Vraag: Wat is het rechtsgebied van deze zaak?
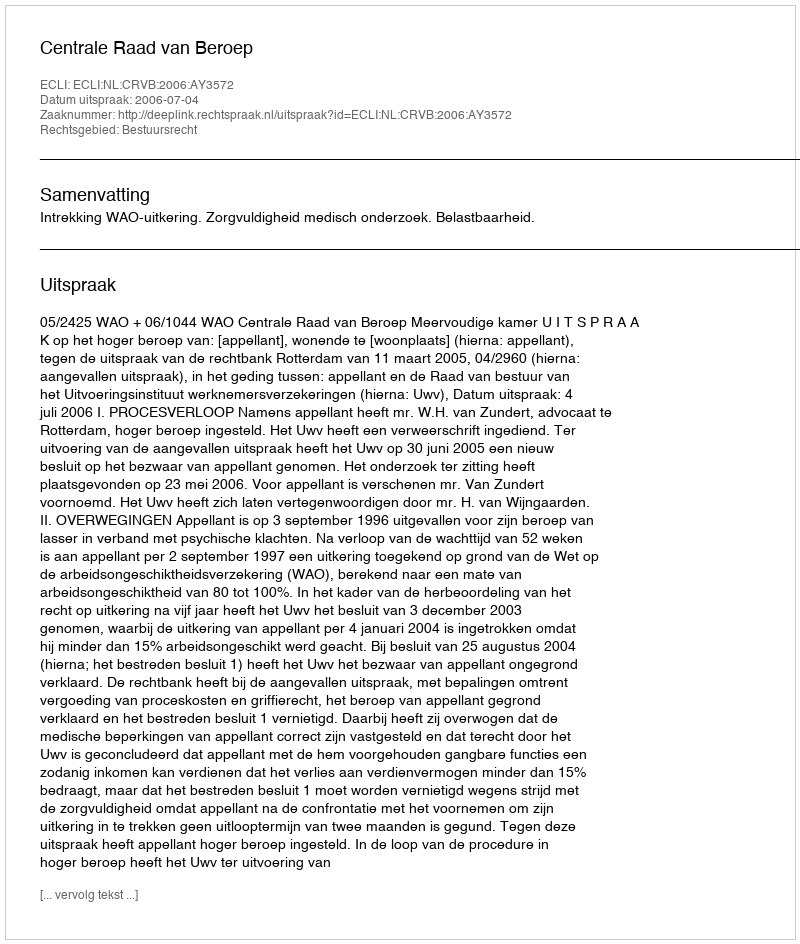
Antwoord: Bestuursrecht